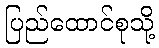
ပြည်ထောင်စုသို့